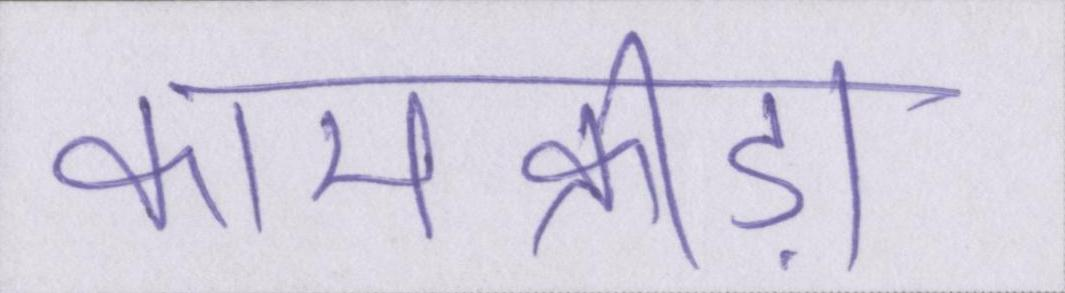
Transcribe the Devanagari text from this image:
कामक्रीड़ा